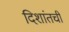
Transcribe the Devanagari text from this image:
दिशांतची